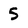
Character: 5